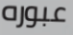
عبوره